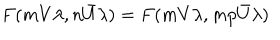
F ( m V \lambda , n \bar { U } \lambda ) = F ( m V \lambda , m p \bar { U } \lambda )